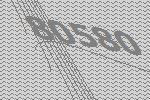
80580